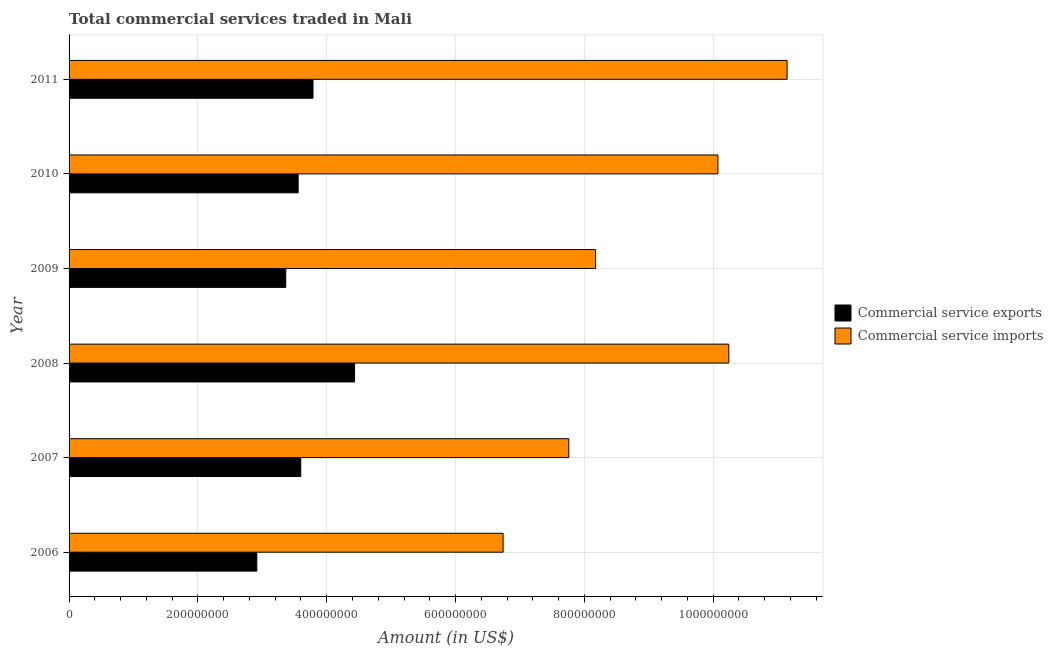
| Year | Commercial service exports | Commercial service imports |
 | --- | --- | --- |
 | 2006 | 2.91e+08 | 6.74e+08 |
 | 2007 | 3.6e+08 | 7.76e+08 |
 | 2008 | 4.43e+08 | 1.02e+09 |
 | 2009 | 3.36e+08 | 8.17e+08 |
 | 2010 | 3.56e+08 | 1.01e+09 |
 | 2011 | 3.79e+08 | 1.11e+09 |